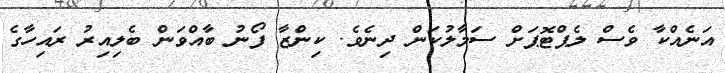
އަނެއްކާ ވެސް ލެޕްޓޮޕަށް ސަމާލުކަން ދިނެވެ. ކިންޒާ ފޯނު ބާއްވަން ބެލިއިރު ރައިހާގެ